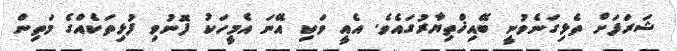
ޝަރަފަށް ތެޅިގަނެވުނީ ބޭއިޚްތިޔާރުގައެވެ. އެއީ ވަކި އޭނަ އެމީހަކު ފޮނުވި ފުޅިތަކެއްގެ މަތިން